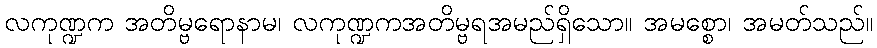
လကုဏ္ဍက အတိမ္ဗရောနာမ၊ လကုဏ္ဍကအတိမ္ဗရအမည်ရှိသော။ အမစ္စော၊ အမတ်သည်။